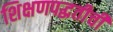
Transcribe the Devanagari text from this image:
शिक्षणपद्धतीची